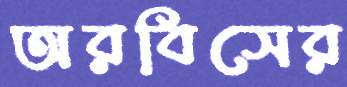
অরবিসের